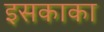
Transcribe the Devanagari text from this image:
इसकाका